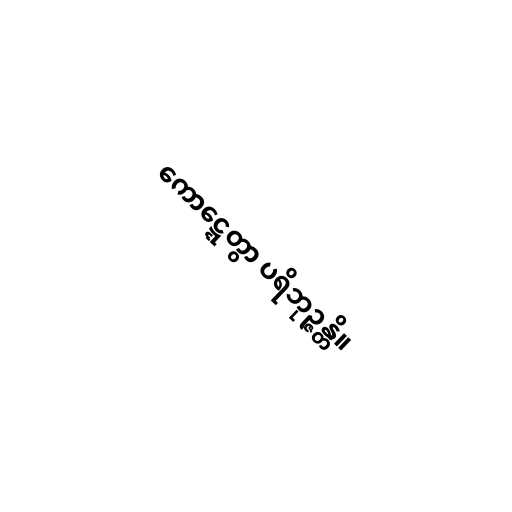
ကောဋ္ဋေတွာ ပရိဘုဉ္ဇန္တိ။